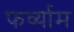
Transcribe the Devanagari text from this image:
फर्व्याम